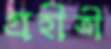
গ্রহীত্রী